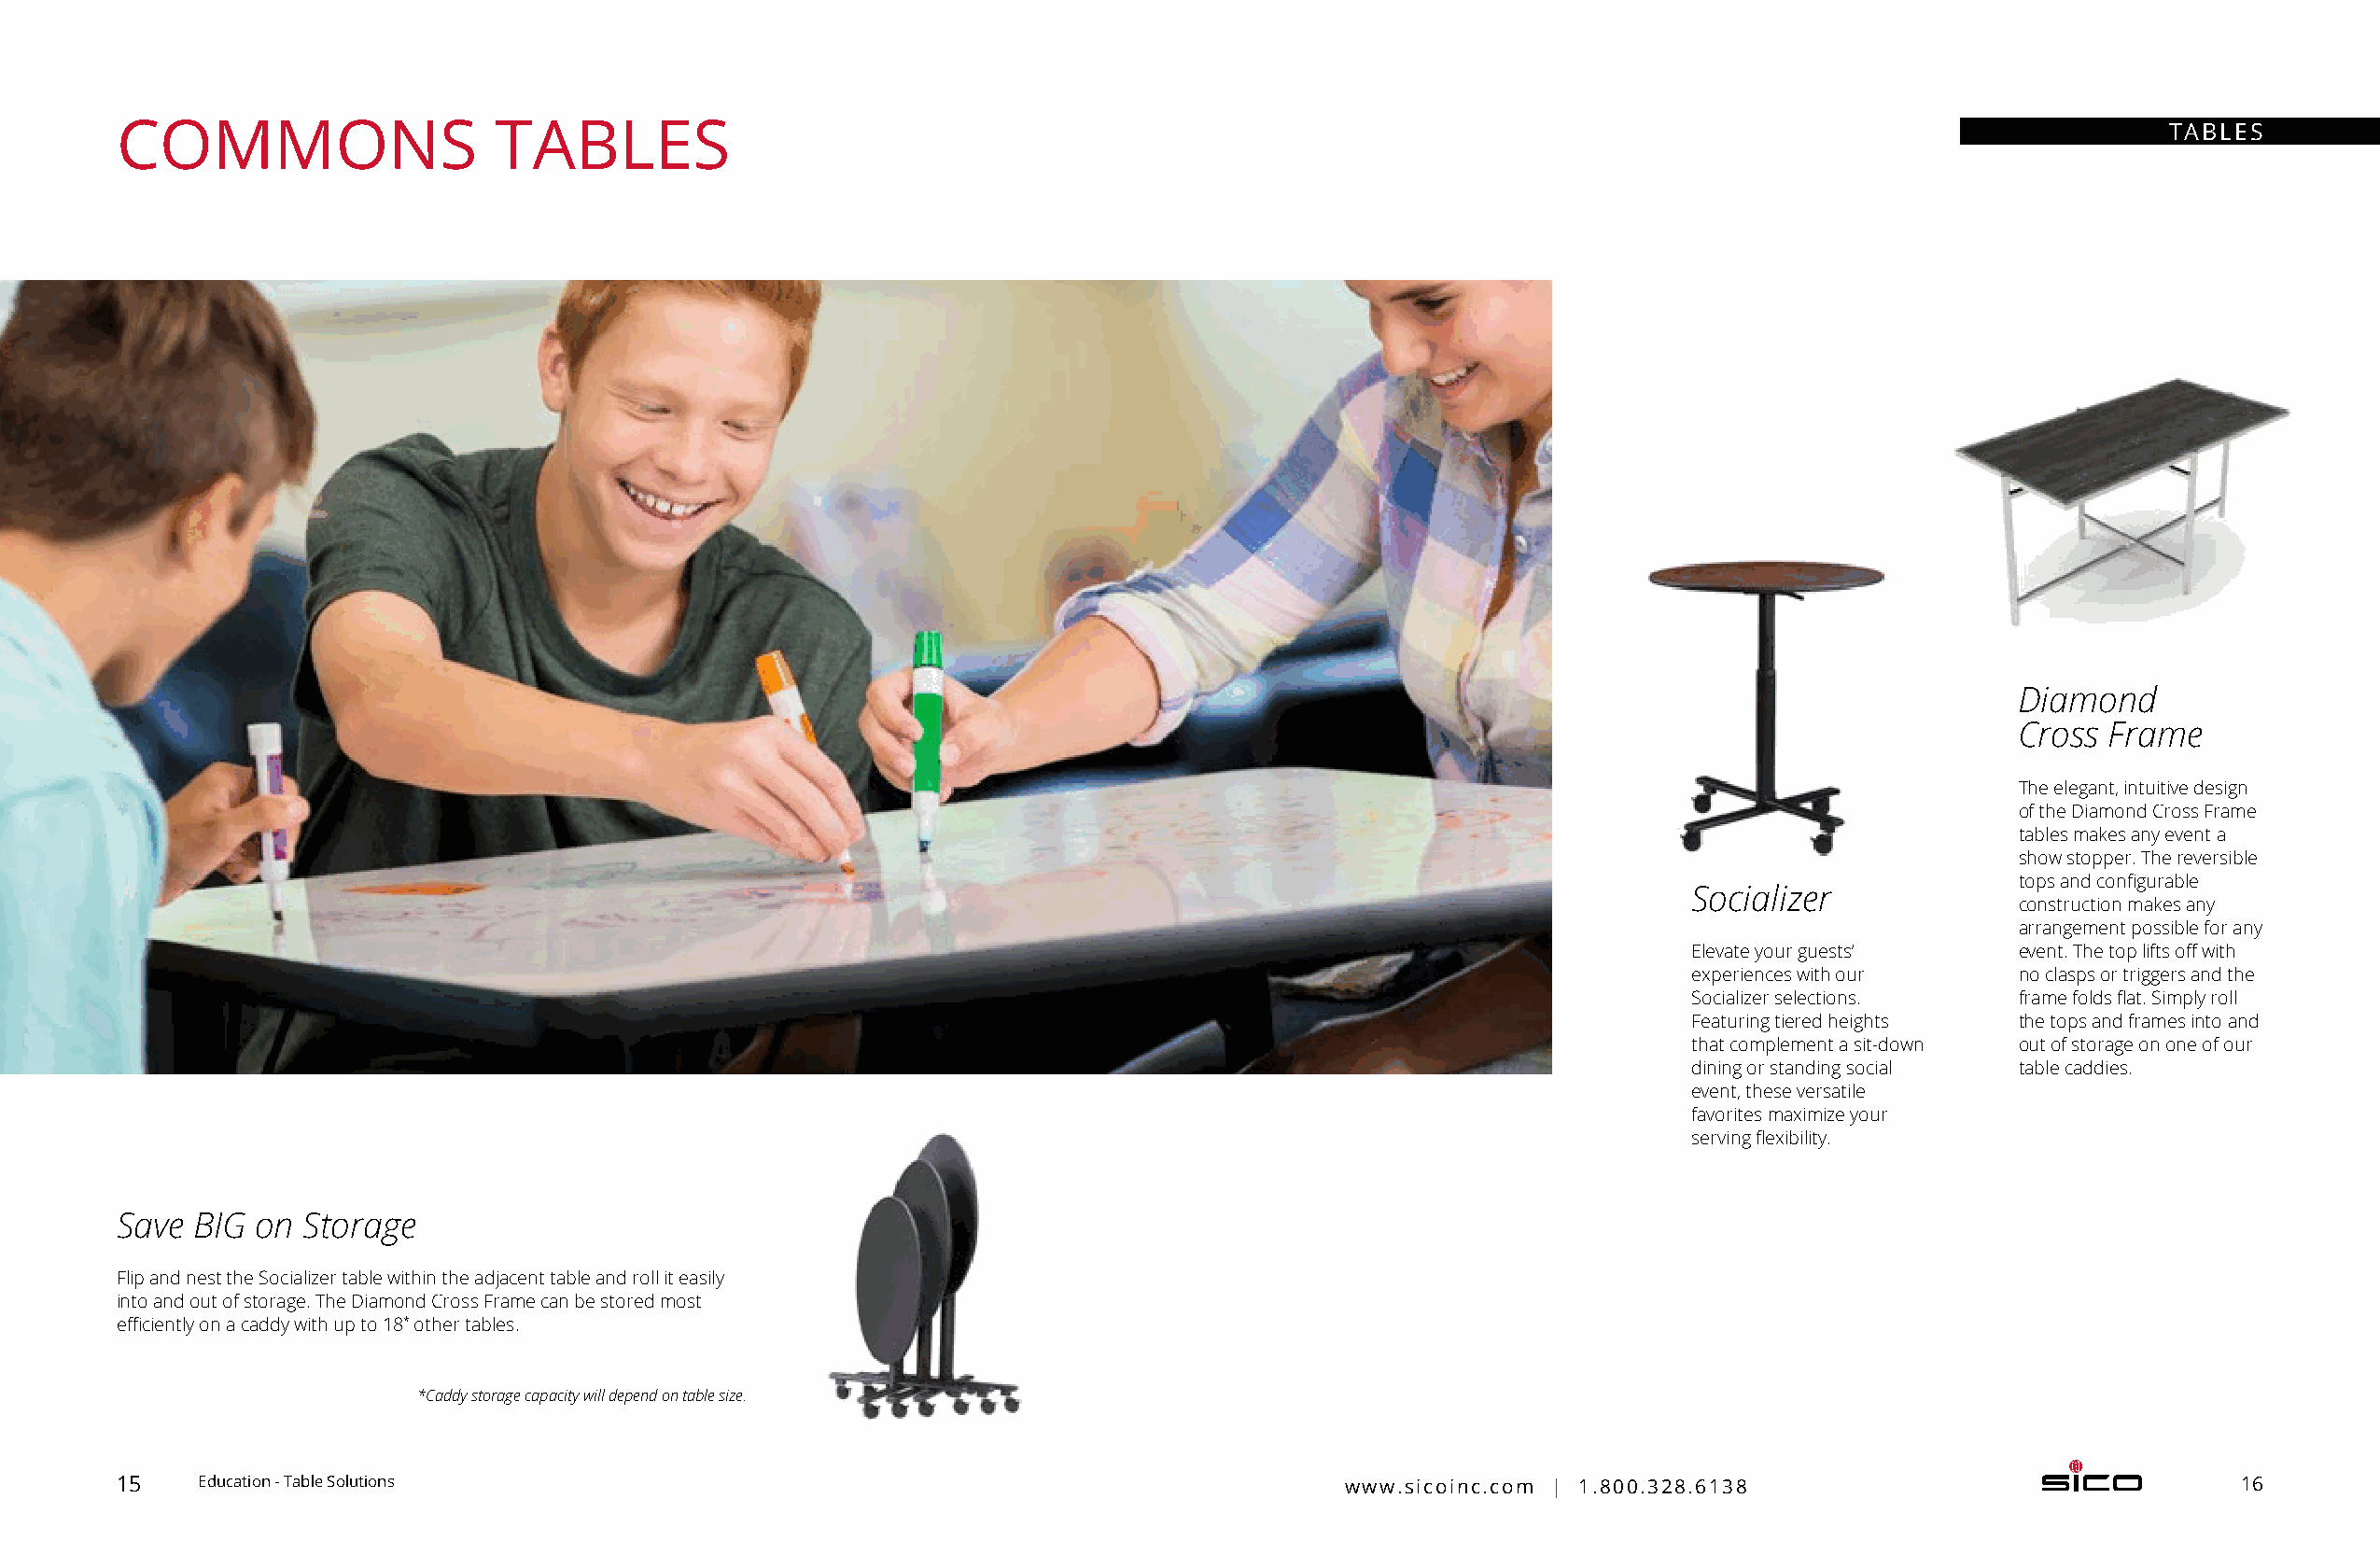
COMMONS                    TABLES                                                                                                                 TABLES
 Diamond
 Cross  Frame
 The elegant, intuitive d esign
 of the Diamond Cross Frame
 tables makes any event a
 show stopper. The r eversible
 tops and configurable
 Socializer
 construction makes any
 arrangement possible for any
 Elevate your guests’   event. The top lifts off with
 experiences with our   no clasps or triggers and the
 Socializer selections. frame folds flat. Simply roll
 Featuring tiered heights the tops and frames into and
 that complement a s it-down out of storage on one of our
 dining or standing s ocial table caddies.
 event, these v ersatile
 favorites maximize your
 serving flexibility.
 Save  BIG on  Storage
 Flip and nest the Socializer table within the adjacent table and roll it easily
 into and out of storage. The Diamond Cross Frame can be stored most
 efficiently on a caddy with up to 18* other tables.
 *Caddy storage capacity will depend on table size.
 15    Education - Table Solutions                                                      www.sicoinc.com | 1.800.328.6138                                16